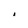
Character: i